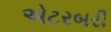
એટરબરી